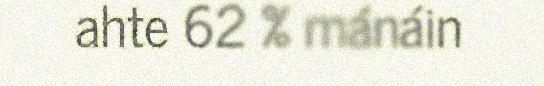
ahte 62 % mánáin